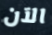
الآن